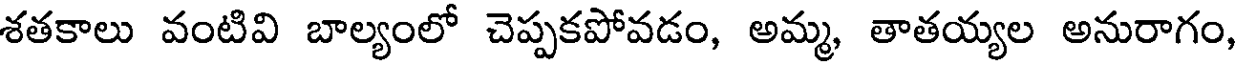
శతకాలు వంటివి బాల్యంలో చెప్పకపోవడం, అమ్మ, తాతయ్యల అనురాగం,